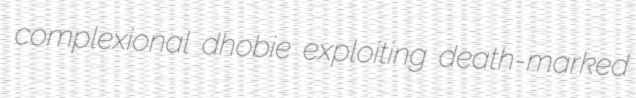
complexional dhobie exploiting death-marked